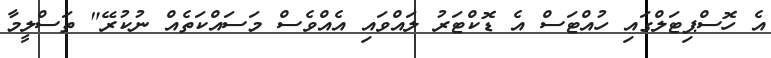
އެ ހޮސްޕިޓަލްގައި ހުއްޓަސް އެ ޑޮކްޓަރު ލައްވައި އެއްވެސް މަސައްކަތެއް ނުކުރޭ" ތަސްލީމާ